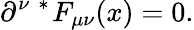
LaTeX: \partial^{\nu}\mathrm{\mathrm{}~^{*}\! ~}F_{\mu\nu}(x)=0.